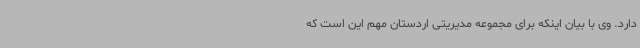
دارد. وی با بیان اینکه برای مجموعه مدیریتی اردستان مهم این است که